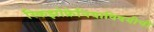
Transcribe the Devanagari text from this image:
स्किझोफ्रेनियाविषयीची